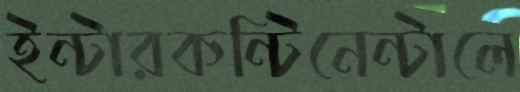
ইন্টারকন্টিনেন্টালে